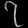
Digit: ၇